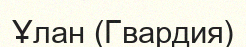
Ұлан (Гвардия)